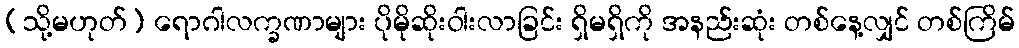
(သို့မဟုတ်) ရောဂါလက္ခဏာများ ပိုမိုဆိုးဝါးလာခြင်း ရှိမရှိကို အနည်းဆုံး တစ်နေ့လျှင် တစ်ကြိမ်